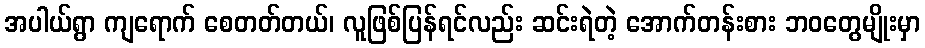
အပါယ်ရွာ ကျရောက် စေတတ်တယ်၊ လူဖြစ်ပြန်ရင်လည်း ဆင်းရဲတဲ့ အောက်တန်းစား ဘဝတွေမျိုးမှာ